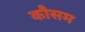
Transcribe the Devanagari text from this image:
कौसम